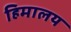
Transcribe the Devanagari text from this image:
हिमालय